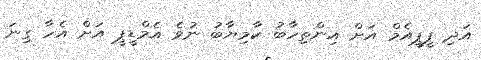
އަދި ޕީޕީއެމް އަށް އިންތިހާބު ކާމިޔާބު ނުވެ އެމްޑީޕީ އަށް އެހާ ގިނަ